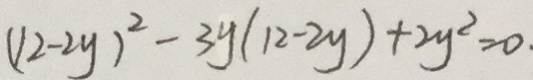
( 1 2 - 2 y ) ^ { 2 } - 3 y ( 1 2 - 2 y ) + 2 y ^ { 2 } = 0 \cdot